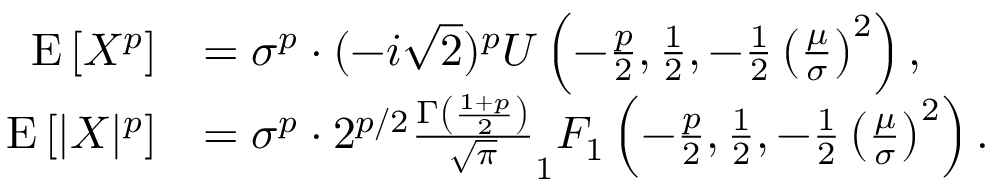
{ \begin{array} { r l } { \operatorname { E } \left[ X ^ { p } \right] } & { = \sigma ^ { p } \cdot ( - i { \sqrt { 2 } } ) ^ { p } U \left( - { \frac { p } { 2 } } , { \frac { 1 } { 2 } } , - { \frac { 1 } { 2 } } \left( { \frac { \mu } { \sigma } } \right) ^ { 2 } \right) , } \\ { \operatorname { E } \left[ | X | ^ { p } \right] } & { = \sigma ^ { p } \cdot 2 ^ { p / 2 } { \frac { \Gamma \left( { \frac { 1 + p } { 2 } } \right) } { \sqrt { \pi } } } _ { 1 } F _ { 1 } \left( - { \frac { p } { 2 } } , { \frac { 1 } { 2 } } , - { \frac { 1 } { 2 } } \left( { \frac { \mu } { \sigma } } \right) ^ { 2 } \right) . } \end{array} }